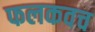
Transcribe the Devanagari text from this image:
फलकवच